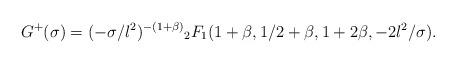
LaTeX: \begin{align*}G^+(\sigma)= (-\sigma/l^2)^{-(1+\beta)} {}_2 F_1(1+\beta,1/2+\beta,1+2\beta, -2l^2/\sigma).\end{align*}